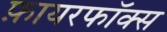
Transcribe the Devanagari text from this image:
फ़ायरफॉक्स